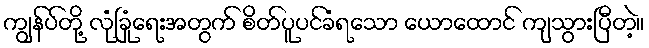
ကျွန်ပ်တို့ လုံခြုံရေးအတွက် စိတ်ပူပင်ခံရသော ယောထောင် ကျသွားပြီတဲ့။